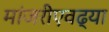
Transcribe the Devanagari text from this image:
मांजरीएवढ्या